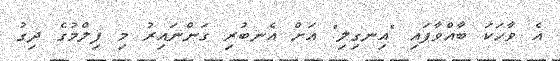
އެ ވާހަކަ ބާއްވާފައި "އިނގިލި" އަށް އެނބުރި ގަންނައިރު މި ފިލްމުގެ ދިގު